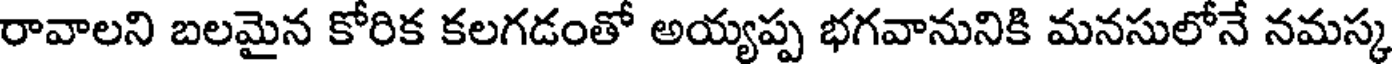
రావాలని బలమైన కోరిక కలగడంతో అయ్యప్ప భగవానునికి మనసులోనే నమస్క